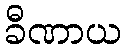
ခီဏာယ